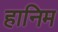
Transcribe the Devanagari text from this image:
हानिम